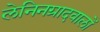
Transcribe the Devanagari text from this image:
लेनिनग्रादवालों